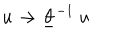
LaTeX: u \rightarrow \underline { { { \theta } } } ^ { - 1 } ~ u